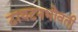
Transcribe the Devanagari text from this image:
टायटनभोवती